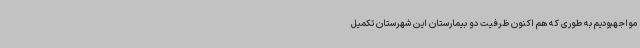
مواجهبودیم به طوری که هم اکنون ظرفیت دو بیمارستان این شهرستان تکمیل